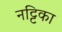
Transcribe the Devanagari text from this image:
नट्टिका